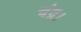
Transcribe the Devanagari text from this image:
चंद्र।